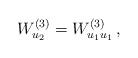
LaTeX: \begin{align*} W^{(3)}_{u_2}=W^{(3)}_{u_1 u_1 }\, , \end{align*}